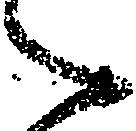
々